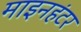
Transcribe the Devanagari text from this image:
माइनहंटर